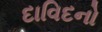
દાવિદનો